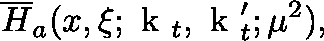
\overline { { { H } } } _ { a } ( x , \xi ; \mathrm { \boldmath ~ k ~ } _ { t } , \mathrm { \boldmath ~ k ~ } _ { t } ^ { \prime } ; \mu ^ { 2 } ) ,